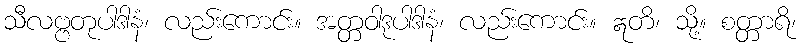
သီလဗ္ဗတုပါဒါနံ၊ လည်းကောင်း။ အတ္တဝါဒုပါဒါနံ၊ လည်းကောင်း။ ဣတိ၊ သို့။ စတ္တာရိ၊